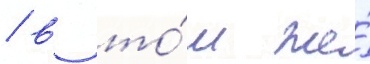
/ в то́м же́